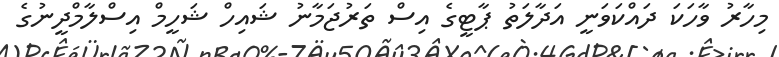
މިހާރު ވާހަކަ ދައްކަވަނީ އަދާލަތު ޕާޓީގެ އިސް ތަރުޖަމާނު ޝައިހް ޝަހީމް އިސްލާމްދީނުގެ